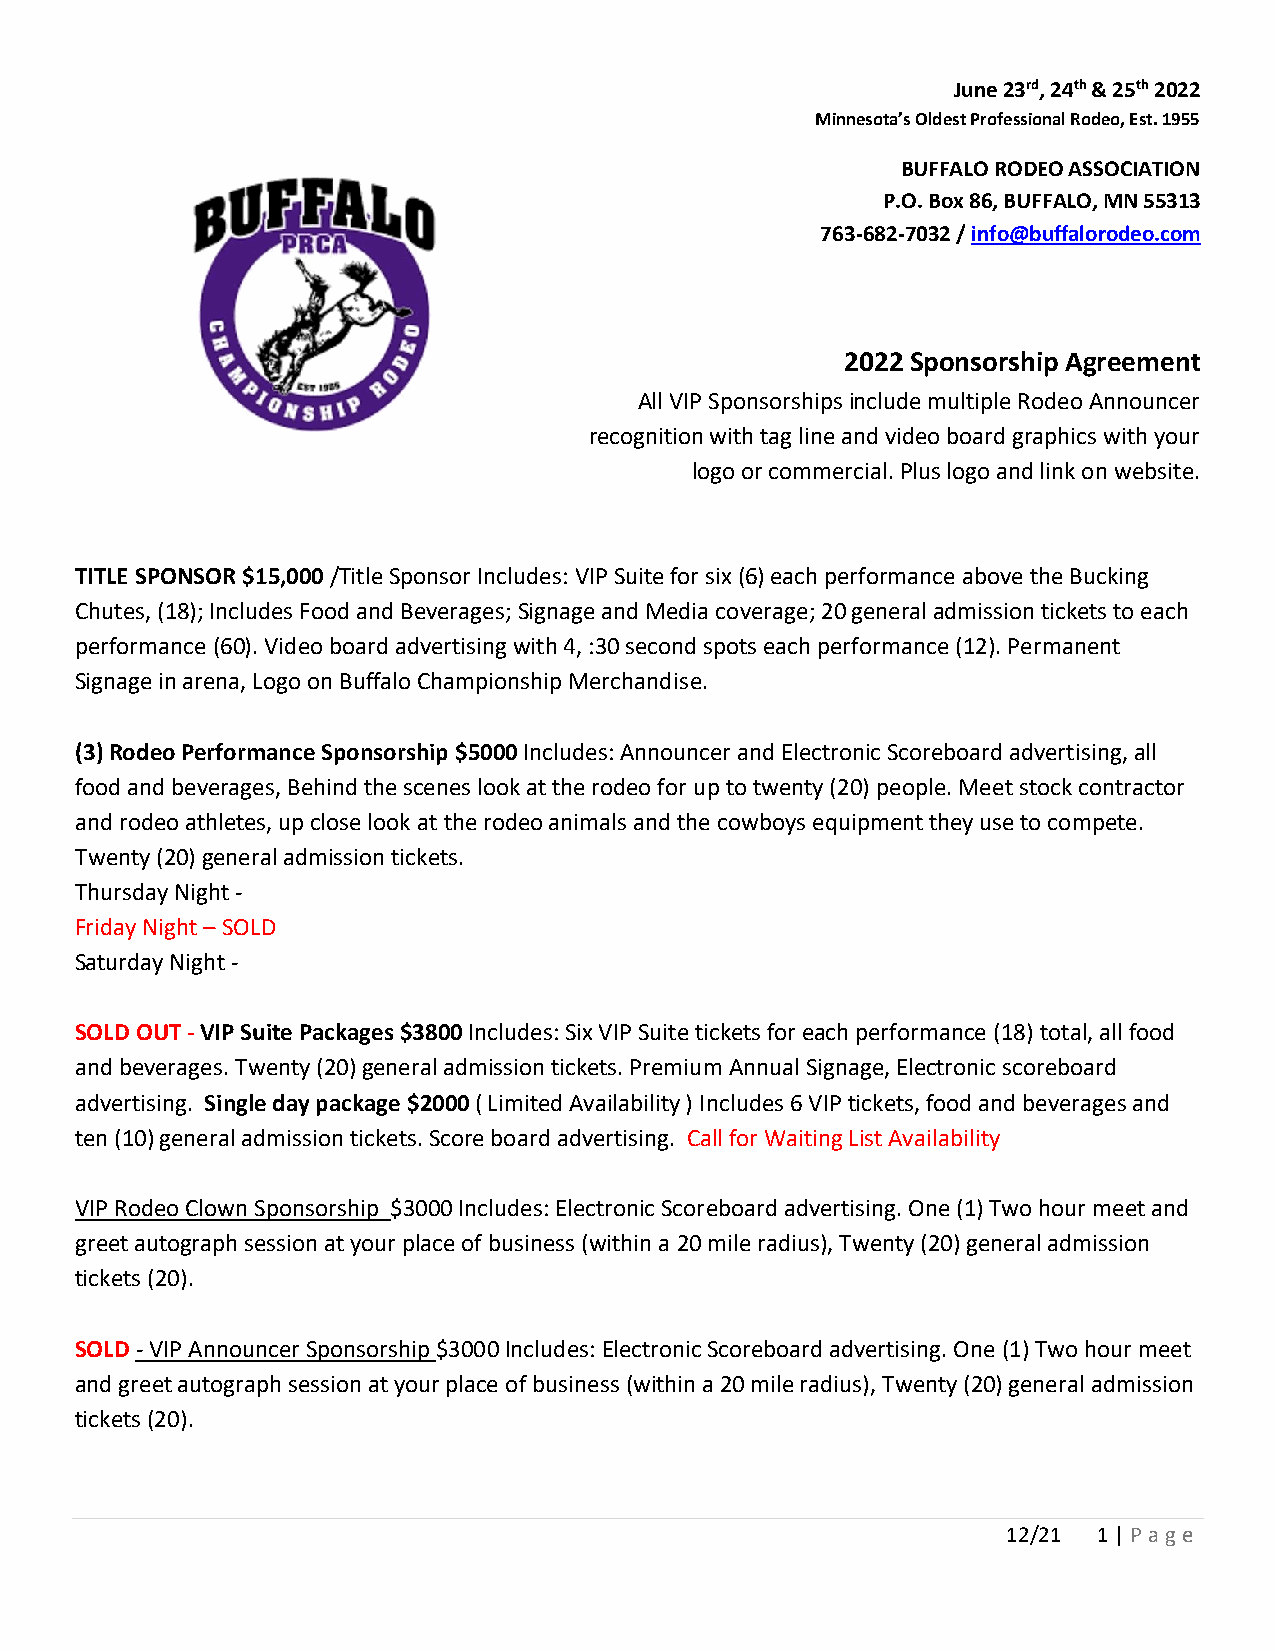
June 23rd, 24th & 25th 2022
 Minnesota’s Oldest Professional Rodeo, Est. 1955
 BUFFALO RODEO ASSOCIATION
 P.O. Box 86, BUFFALO, MN 55313
 763-682-7032 / info@buffalorodeo.com
 2022 Sponsorship Agreement
 All VIP Sponsorships include multiple Rodeo Announcer
 recognition with tag line and video board graphics with your
 logo or commercial. Plus logo and link on website.
 TITLE SPONSOR $15,000 /Title Sponsor Includes: VIP Suite for six (6) each performance above the Bucking
 Chutes, (18); Includes Food and Beverages; Signage and Media coverage; 20 general admission tickets to each
 performance (60). Video board advertising with 4, :30 second spots each performance (12). Permanent
 Signage in arena, Logo on Buffalo Championship Merchandise.
 (3) Rodeo Performance Sponsorship $5000 Includes: Announcer and Electronic Scoreboard advertising, all
 food and beverages, Behind the scenes look at the rodeo for up to twenty (20) people. Meet stock contractor
 and rodeo athletes, up close look at the rodeo animals and the cowboys equipment they use to compete.
 Twenty (20) general admission tickets.
 Thursday Night -
 Friday Night – SOLD
 Saturday Night -
 SOLD OUT - VIP Suite Packages $3800 Includes: Six VIP Suite tickets for each performance (18) total, all food
 and beverages. Twenty (20) general admission tickets. Premium Annual Signage, Electronic scoreboard
 advertising. Single day package $2000 ( Limited Availability ) Includes 6 VIP tickets, food and beverages and
 ten (10) general admission tickets. Score board advertising. Call for Waiting List Availability
 VIP Rodeo Clown Sponsorship $3000 Includes: Electronic Scoreboard advertising. One (1) Two hour meet and
 greet autograph session at your place of business (within a 20 mile radius), Twenty (20) general admission
 tickets (20).
 SOLD - VIP Announcer Sponsorship $3000 Includes: Electronic Scoreboard advertising. One (1) Two hour meet
 and greet autograph session at your place of business (within a 20 mile radius), Twenty (20) general admission
 tickets (20).
 12/21 1 | Pa ge